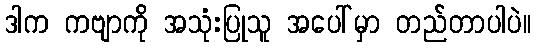
ဒါက ကဗျာကို အသုံးပြုသူ အပေါ်မှာ တည်တာပါပဲ။